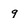
Character: 9